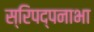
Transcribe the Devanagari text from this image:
स्रिपद्पनाभा